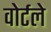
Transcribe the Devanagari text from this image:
वोर्टले